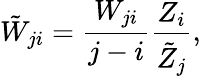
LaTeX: \tilde{W}_{ji}=\frac{W_{ji}}{j-i}\frac{Z_{i}}{\tilde{Z}_{j}},